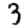
Digit: 3